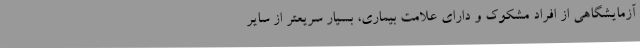
آزمایشگاهی از افراد مشکوک و دارای علامت بیماری، بسیار سریعتر از سایر